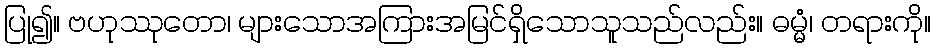
ပြု၍။ ဗဟုဿုတော၊ များသောအကြားအမြင်ရှိသောသူသည်လည်း။ ဓမ္မံ၊ တရားကို။